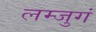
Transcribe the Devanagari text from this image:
लम्जुगं